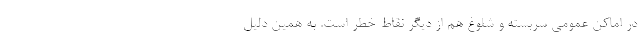
در اماکن عمومی سربسته و شلوغ هم از دیگر نقاط خطر است. به همین دلیل